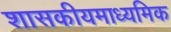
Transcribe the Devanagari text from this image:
शासकीयमाध्यमिक